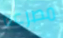
مصرعه